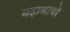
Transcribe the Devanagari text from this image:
महामायो